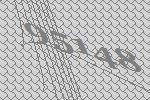
95148